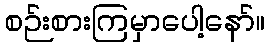
စဉ်းစားကြမှာပေါ့နော်။